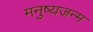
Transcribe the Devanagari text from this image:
मनुष्यजन्म